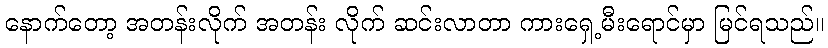
နောက်တော့ အတန်းလိုက် အတန်း လိုက် ဆင်းလာတာ ကားရှေ့မီးရောင်မှာ မြင်ရသည်။